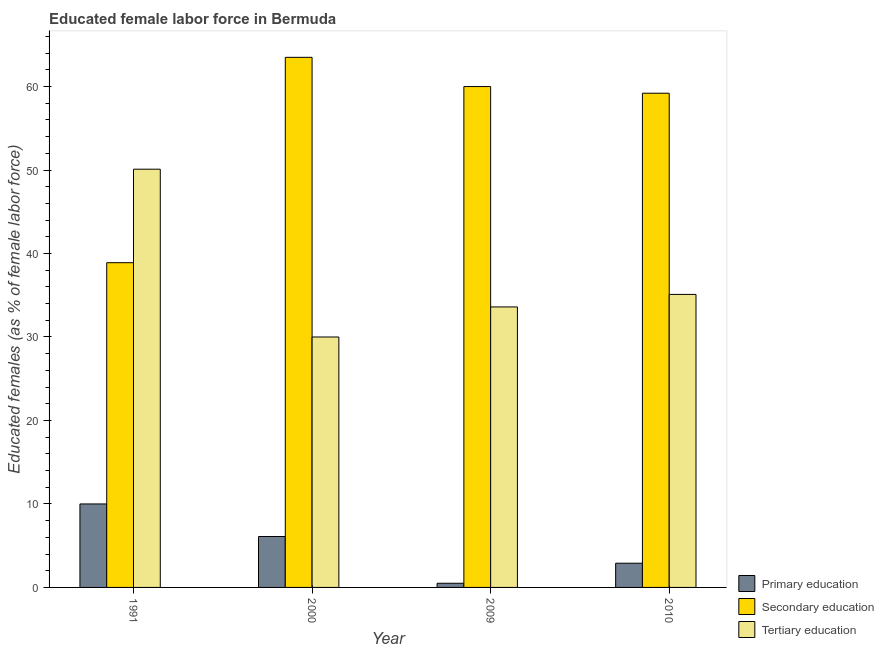
| Year | Primary education | Secondary education | Tertiary education |
 | --- | --- | --- | --- |
 | 1991 | 10 | 38.9 | 50.1 |
 | 2000 | 6.1 | 63.5 | 30 |
 | 2009 | 0.5 | 60 | 33.6 |
 | 2010 | 2.9 | 59.2 | 35.1 |